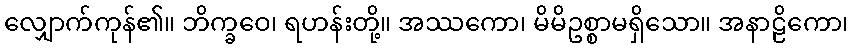
လျှောက်ကုန်၏။ ဘိက္ခဝေ၊ ရဟန်းတို့။ အဿကော၊ မိမိဥစ္စာမရှိသော။ အနာဠိကော၊